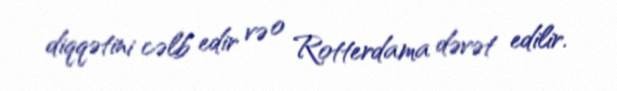
diqqətini cəlb edir və o Rotterdama dəvət edilir.